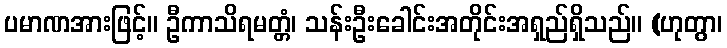
ပမာဏအားဖြင့်။ ဦကာသိရမတ္တံ၊ သန်းဦးခေါင်းအတိုင်းအရှည်ရှိသည်။ (ဟုတွာ၊